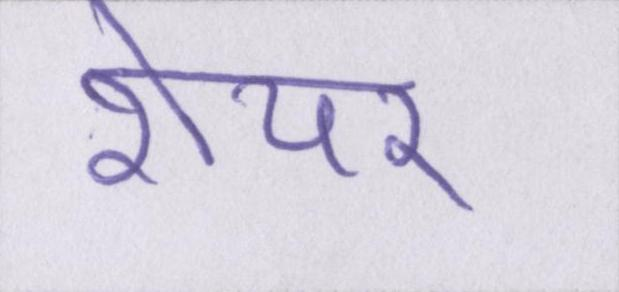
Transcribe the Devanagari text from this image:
शेयर